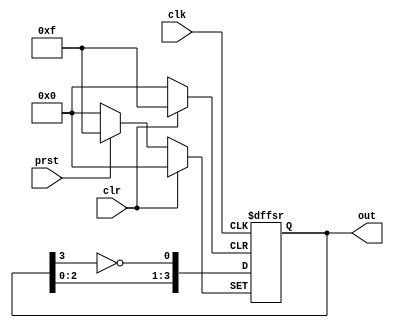


module TwistedRing (output reg [3:0]out, input clk, prst, clr);
    always @(posedge clk or posedge prst or posedge clr )
    begin
        if(prst == 1)
            out <= 4'b1111;
        else if(clr == 1)
            out <= 4'b0000;
        else
            begin
                #1 out <= out<<1;
                out[0] <= ~out[3];
            end
    end
endmodule


module ticker();
    reg clk, preset, clr;
    wire [3:0] out; 
    
    initial begin
        clk <= 0;
        preset = 0;
        clr = 1;
        #2 clr = 0;
    end
    always begin
        #5 clk <= ~clk;
    end
    initial begin
        $dumpfile("./twisted.vcd");
        $dumpvars(1, ticker);
        $monitor($time, ": %b", out);
        #100 $finish;
    end
    TwistedRing M1(out, clk, preset, clr);
endmodule